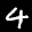
Label: 4